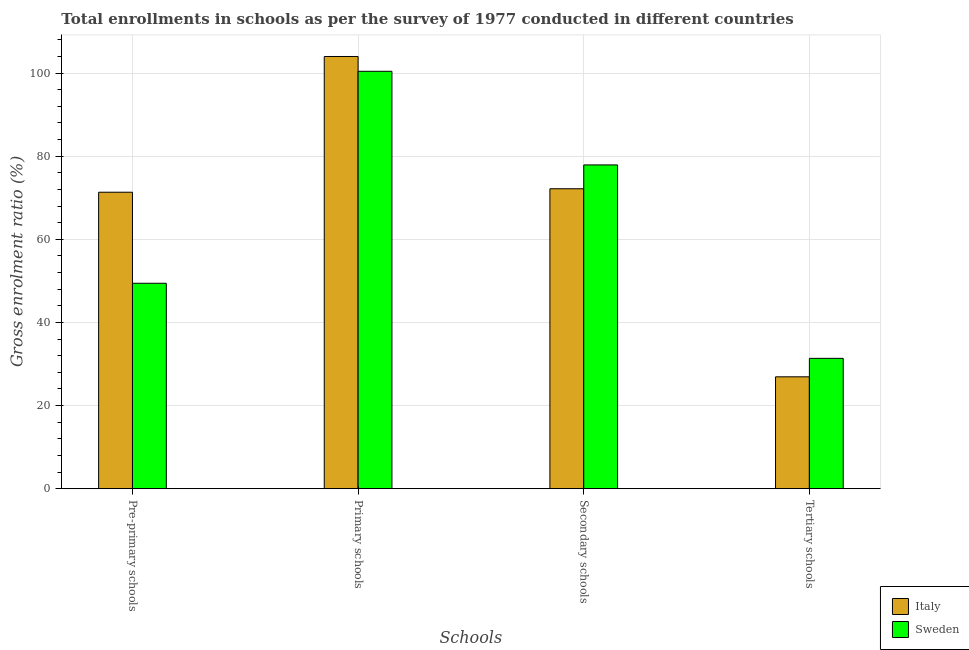
| Schools | Italy | Sweden |
 | --- | --- | --- |
 | Pre-primary schools | 71.3 | 49.4 |
 | Primary schools | 104 | 100 |
 | Secondary schools | 72.2 | 77.9 |
 | Tertiary schools | 26.9 | 31.4 |